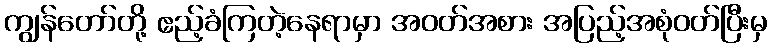
ကျွန်တော်တို့ ဧည့်ခံကြတဲ့နေရာမှာ အဝတ်အစား အပြည့်အစုံဝတ်ပြီးမှ